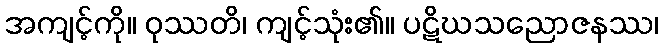
အကျင့်ကို။ ဝုဿတိ၊ ကျင့်သုံး၏။ ပဋိဃသညောဇနဿ၊